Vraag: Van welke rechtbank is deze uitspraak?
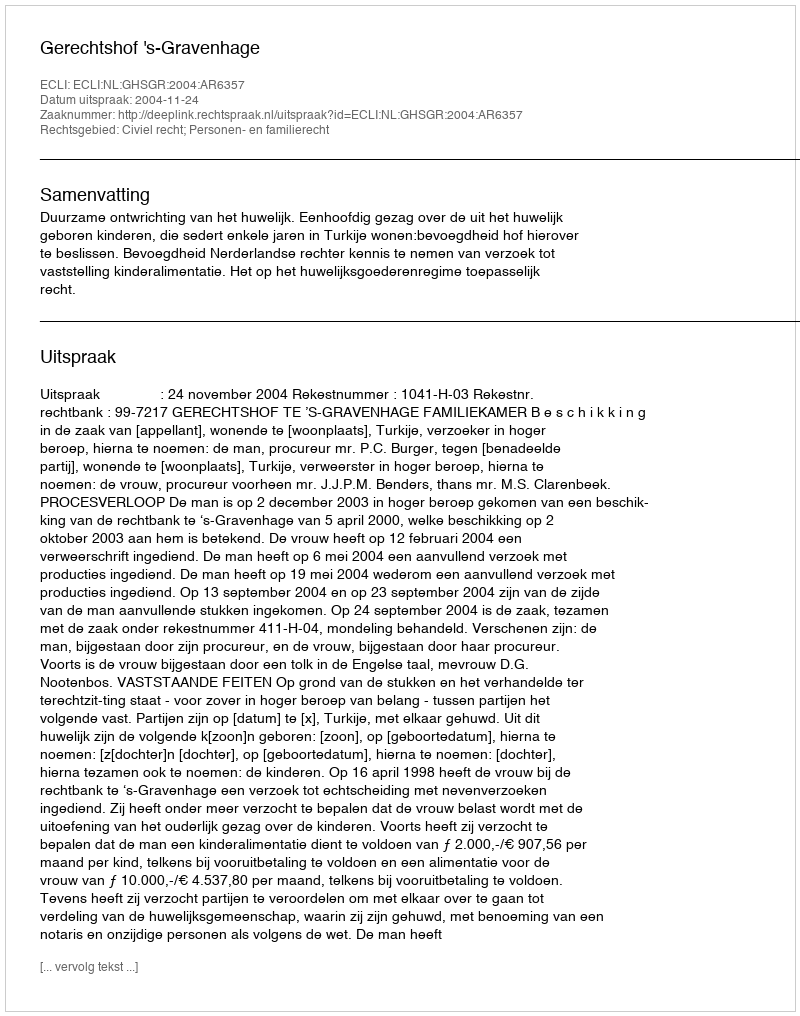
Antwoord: Gerechtshof 's-Gravenhage